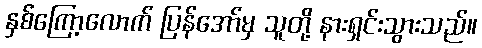
နှစ်ကြော့လောက် ပြန်အော်မှ သူတို့ နားရှင်းသွားသည်။